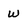
Character: w